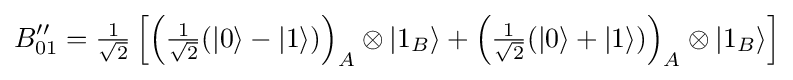
B_{01}''={\tfrac {1}{\sqrt {2}}}\left[{\left({\tfrac {1}{\sqrt {2}}}(|0\rangle -|1\rangle )\right)}_{A}\otimes |1_{B}\rangle +{\left({\tfrac {1}{\sqrt {2}}}(|0\rangle +|1\rangle )\right)}_{A}\otimes |1_{B}\rangle \right]